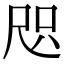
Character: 咫